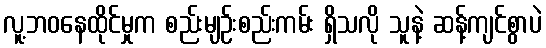
လူ့ဘဝနေထိုင်မှုက စည်းမျဉ်းစည်းကမ်း ရှိသလို သူနဲ့ ဆန့်ကျင်စွာပဲ